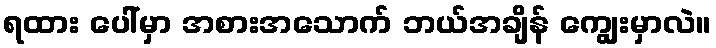
ရထား ပေါ်မှာ အစားအသောက် ဘယ်အချိန် ကျွေးမှာလဲ။